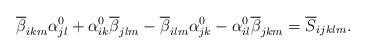
LaTeX: \begin{align*}\overline{\beta}_{ikm}\alpha_{jl}^0+\alpha_{ik}^0\overline{\beta}_{jlm}-\overline{\beta}_{ilm}\alpha_{jk}^0-\alpha_{il}^0\overline{\beta}_{jkm}= \overline{S}_{ijklm}.\end{align*}